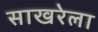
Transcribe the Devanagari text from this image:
साखरेला